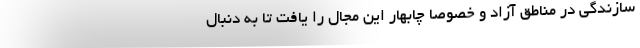
سازندگی در مناطق آزاد و خصوصاً چابهار این مجال را یافت تا به دنبال